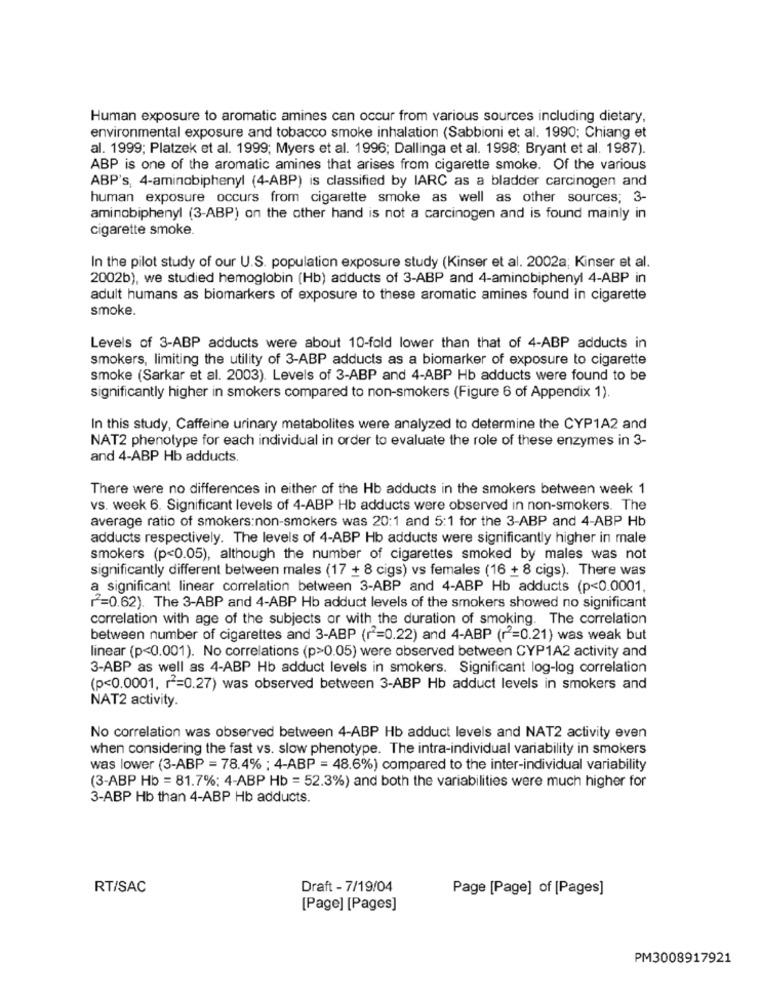
Human exposure to aromatic amines can occur from various sources including dietary,
environmental exposure and tobacco smoke inhalation (Sabbioni et al. 1990; Chiang et
al. 1999; Platzek et al. 1999; Myers et al. 1996; Dallinga et al. 1998; Bryant et al. 1987).
ABP is one of the aromatic amines that arises from cigarette smoke. Of the various
ABP's, 4-aminobiphenyl (4-ABP) is classified by IARC as a bladder carcinogen and
human exposure occurs from cigarette smoke as well as other sources; 3-
aminobiphenyl (3-ABP) on the other hand is not a carcinogen and is found mainly in
cigarette smoke.
In the pilot study of our U.S. population exposure study (Kinser et al. 2002a; Kinser et al.
2002b), we studied hemoglobin (Hb) adducts of 3-ABP and 4-aminobiphenyl 4-ABP in
adult humans as biomarkers of exposure to these aromatic amines found in cigarette
smoke.
Levels of 3-ABP adducts were about 10-fold lower than that of 4-ABP adducts in
smokers, limiting the utility of 3-ABP adducts as a biomarker of exposure to cigarette
smoke (Sarkar et al. 2003). Levels of 3-ABP and 4-ABP Hb adducts were found to be
significantly higher in smokers compared to non-smokers (Figure 6 of Appendix 1).
In this study, Caffeine urinary metabolites were analyzed to determine the CYP1A2 and
NAT2 phenotype for each individual in order to evaluate the role of these enzymes in 3-
and 4-ABP Hb adducts.
There were no differences in either of the Hb adducts in the smokers between week 1
vs. week 6. Significant levels of 4-ABP Hb adducts were observed in non-smokers. The
average ratio of smokers:non-smokers was 20:1 and 5:1 for the 3-ABP and 4-ABP Hb
adducts respectively. The levels of 4-ABP Hb adducts were significantly higher in male
smokers (p<0.05), although the number of cigarettes smoked by males was not
significantly different between males (17 + 8 cigs) vs females (16 + 8 cigs). There was
a significant linear correlation between 3-ABP and 4-ABP Hb adducts (p<0.0001,
r=0.62). The 3-ABP and 4-ABP Hb adduct levels of the smokers showed no significant
correlation with age of the subjects or with the duration of smoking. The correlation
between number of cigarettes and 3-ABP (r2=0.22) and 4-ABP (r2=0.21) was weak but
linear (p<0.001). No correlations (p>0.05) were observed between CYP1A2 activity and
3-ABP as well as 4-ABP Hb adduct levels in smokers. Significant log-log correlation
(p<0.0001, r=0.27) was observed between 3-ABP Hb adduct levels in smokers and
NAT2 activity.
No correlation was observed between 4-ABP Hb adduct levels and NAT2 activity even
when considering the fast vs. slow phenotype. The intra-individual variability in smokers
was lower (3-ABP = 78.4% ; 4-ABP = 48.6%) compared to the inter-individual variability
(3-ABP Hb = 81.7%: 4-ABP Hb = 52.3%) and both the variabilities were much higher for
3-ABP Hb than 4-ABP Hb adducts.
RT/SAC
Draft - 7/19/04
Page [Page] of [Pages]
[Page] [Pages]
PM3008917921